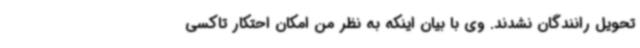
تحویل رانندگان نشدند. وی با بیان اینکه به نظر من امکان احتکار تاکسی